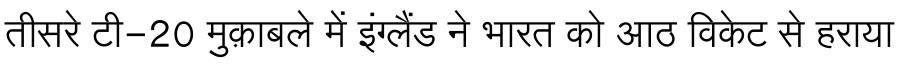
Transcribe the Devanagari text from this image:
तीसरे टी-20 मुक़ाबले में इंग्लैंड ने भारत को आठ विकेट से हराया